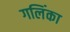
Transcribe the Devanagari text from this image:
गलिंका